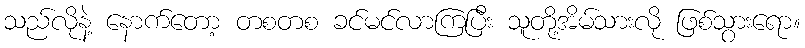
သည်လိုနဲ့ နောက်တော့ တစတစ ခင်မင်လာကြပြီး သူတို့အိမ်သားလို ဖြစ်သွားရော။